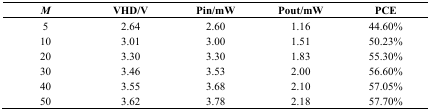
<table><thead><tr><td><b><i>M</i></b></td><td><b>VHD/V</b></td><td><b>Pin/mW</b></td><td><b>Pout/mW</b></td><td><b>PCE</b></td></tr></thead><tbody><tr><td>5</td><td>2.64</td><td>2.60</td><td>1.16</td><td>44.60%</td></tr><tr><td>10</td><td>3.01</td><td>3.00</td><td>1.51</td><td>50.23%</td></tr><tr><td>20</td><td>3.30</td><td>3.30</td><td>1.83</td><td>55.30%</td></tr><tr><td>30</td><td>3.46</td><td>3.53</td><td>2.00</td><td>56.60%</td></tr><tr><td>40</td><td>3.55</td><td>3.68</td><td>2.10</td><td>57.05%</td></tr><tr><td>50</td><td>3.62</td><td>3.78</td><td>2.18</td><td>57.70%</td></tr></tbody></table>